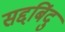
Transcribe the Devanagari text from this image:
सद्दबिंदु